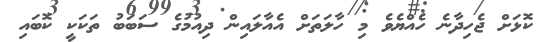
ކޮޅަށް ޖެހިދާނެ ހެއްޔެވެ މި ހާލަތަށް އެއާލައިން ދިއުމުގެ ސަބަބު ތަކަކީ ކޮބައި